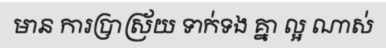
មាន ការប្រាស្រ័យ ទាក់ទង គ្នា ល្អ ណាស់